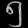
Digit: ၅